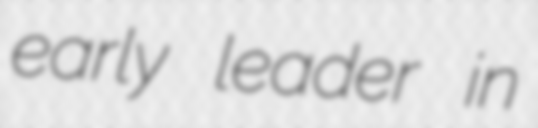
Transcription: early leader in